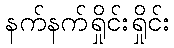
နက်နက်ရှိုင်းရှိုင်း